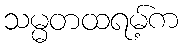
သမ္မတထရမ့်က